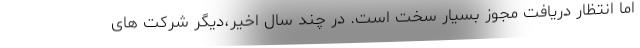
اما انتظار دریافت مجوز بسیار سخت است. در چند سال اخیر،دیگر شرکت های